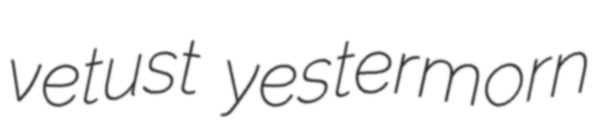
vetust yestermorn